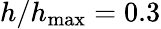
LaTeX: h/h_{\mathrm{max}}=0.3